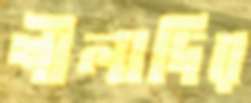
শীলাদির